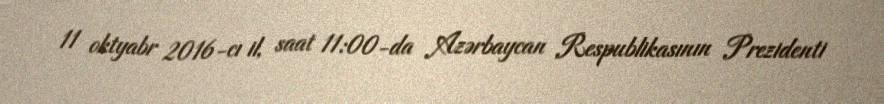
11 oktyabr 2016-cı il, saat 11:00-da Azərbaycan Respublikasının Prezidenti